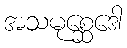
အသမုစ္ဆေဒေါ